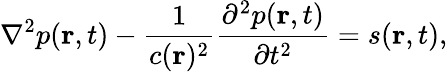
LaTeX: \nabla^{2}p(\textbf{r},t)-\frac{1}{c(\textbf{r})^{2}}\frac{\partial^{2}p(\textbf{r},t)}{\partial t^{2}}=s(\textbf{r},t),